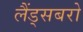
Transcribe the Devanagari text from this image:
लैंड्सबरो